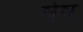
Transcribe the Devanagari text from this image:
षेष